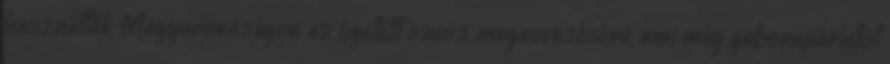
használták Magyarországon az égetett szesz megnevezésére, ami még gabonapárlatot